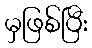
မှဖြစ်ပြီး